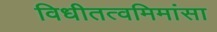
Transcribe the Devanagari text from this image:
विधीतत्वमिमांसा